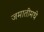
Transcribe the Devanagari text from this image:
जमातीमधे